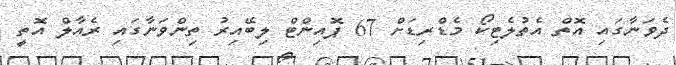
ދެވަނާގައި އޮތް އެތުލެޓިކޯ މެޑްރިޑަށް 67 ޕޮއިންޓް ލިބޭއިރު ތިންވަނާގައި ރެއާލް އޮތީ